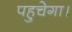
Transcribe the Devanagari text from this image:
पहुचेगा।